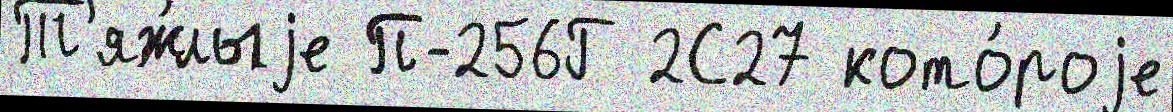
Т'яж́лыjе П-256Г 2С27 кото́роjе